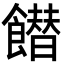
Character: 𩞲